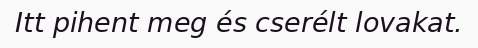
Itt pihent meg és cserélt lovakat.